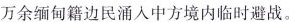
万余缅甸籍边民涌入中方境内临时避战。